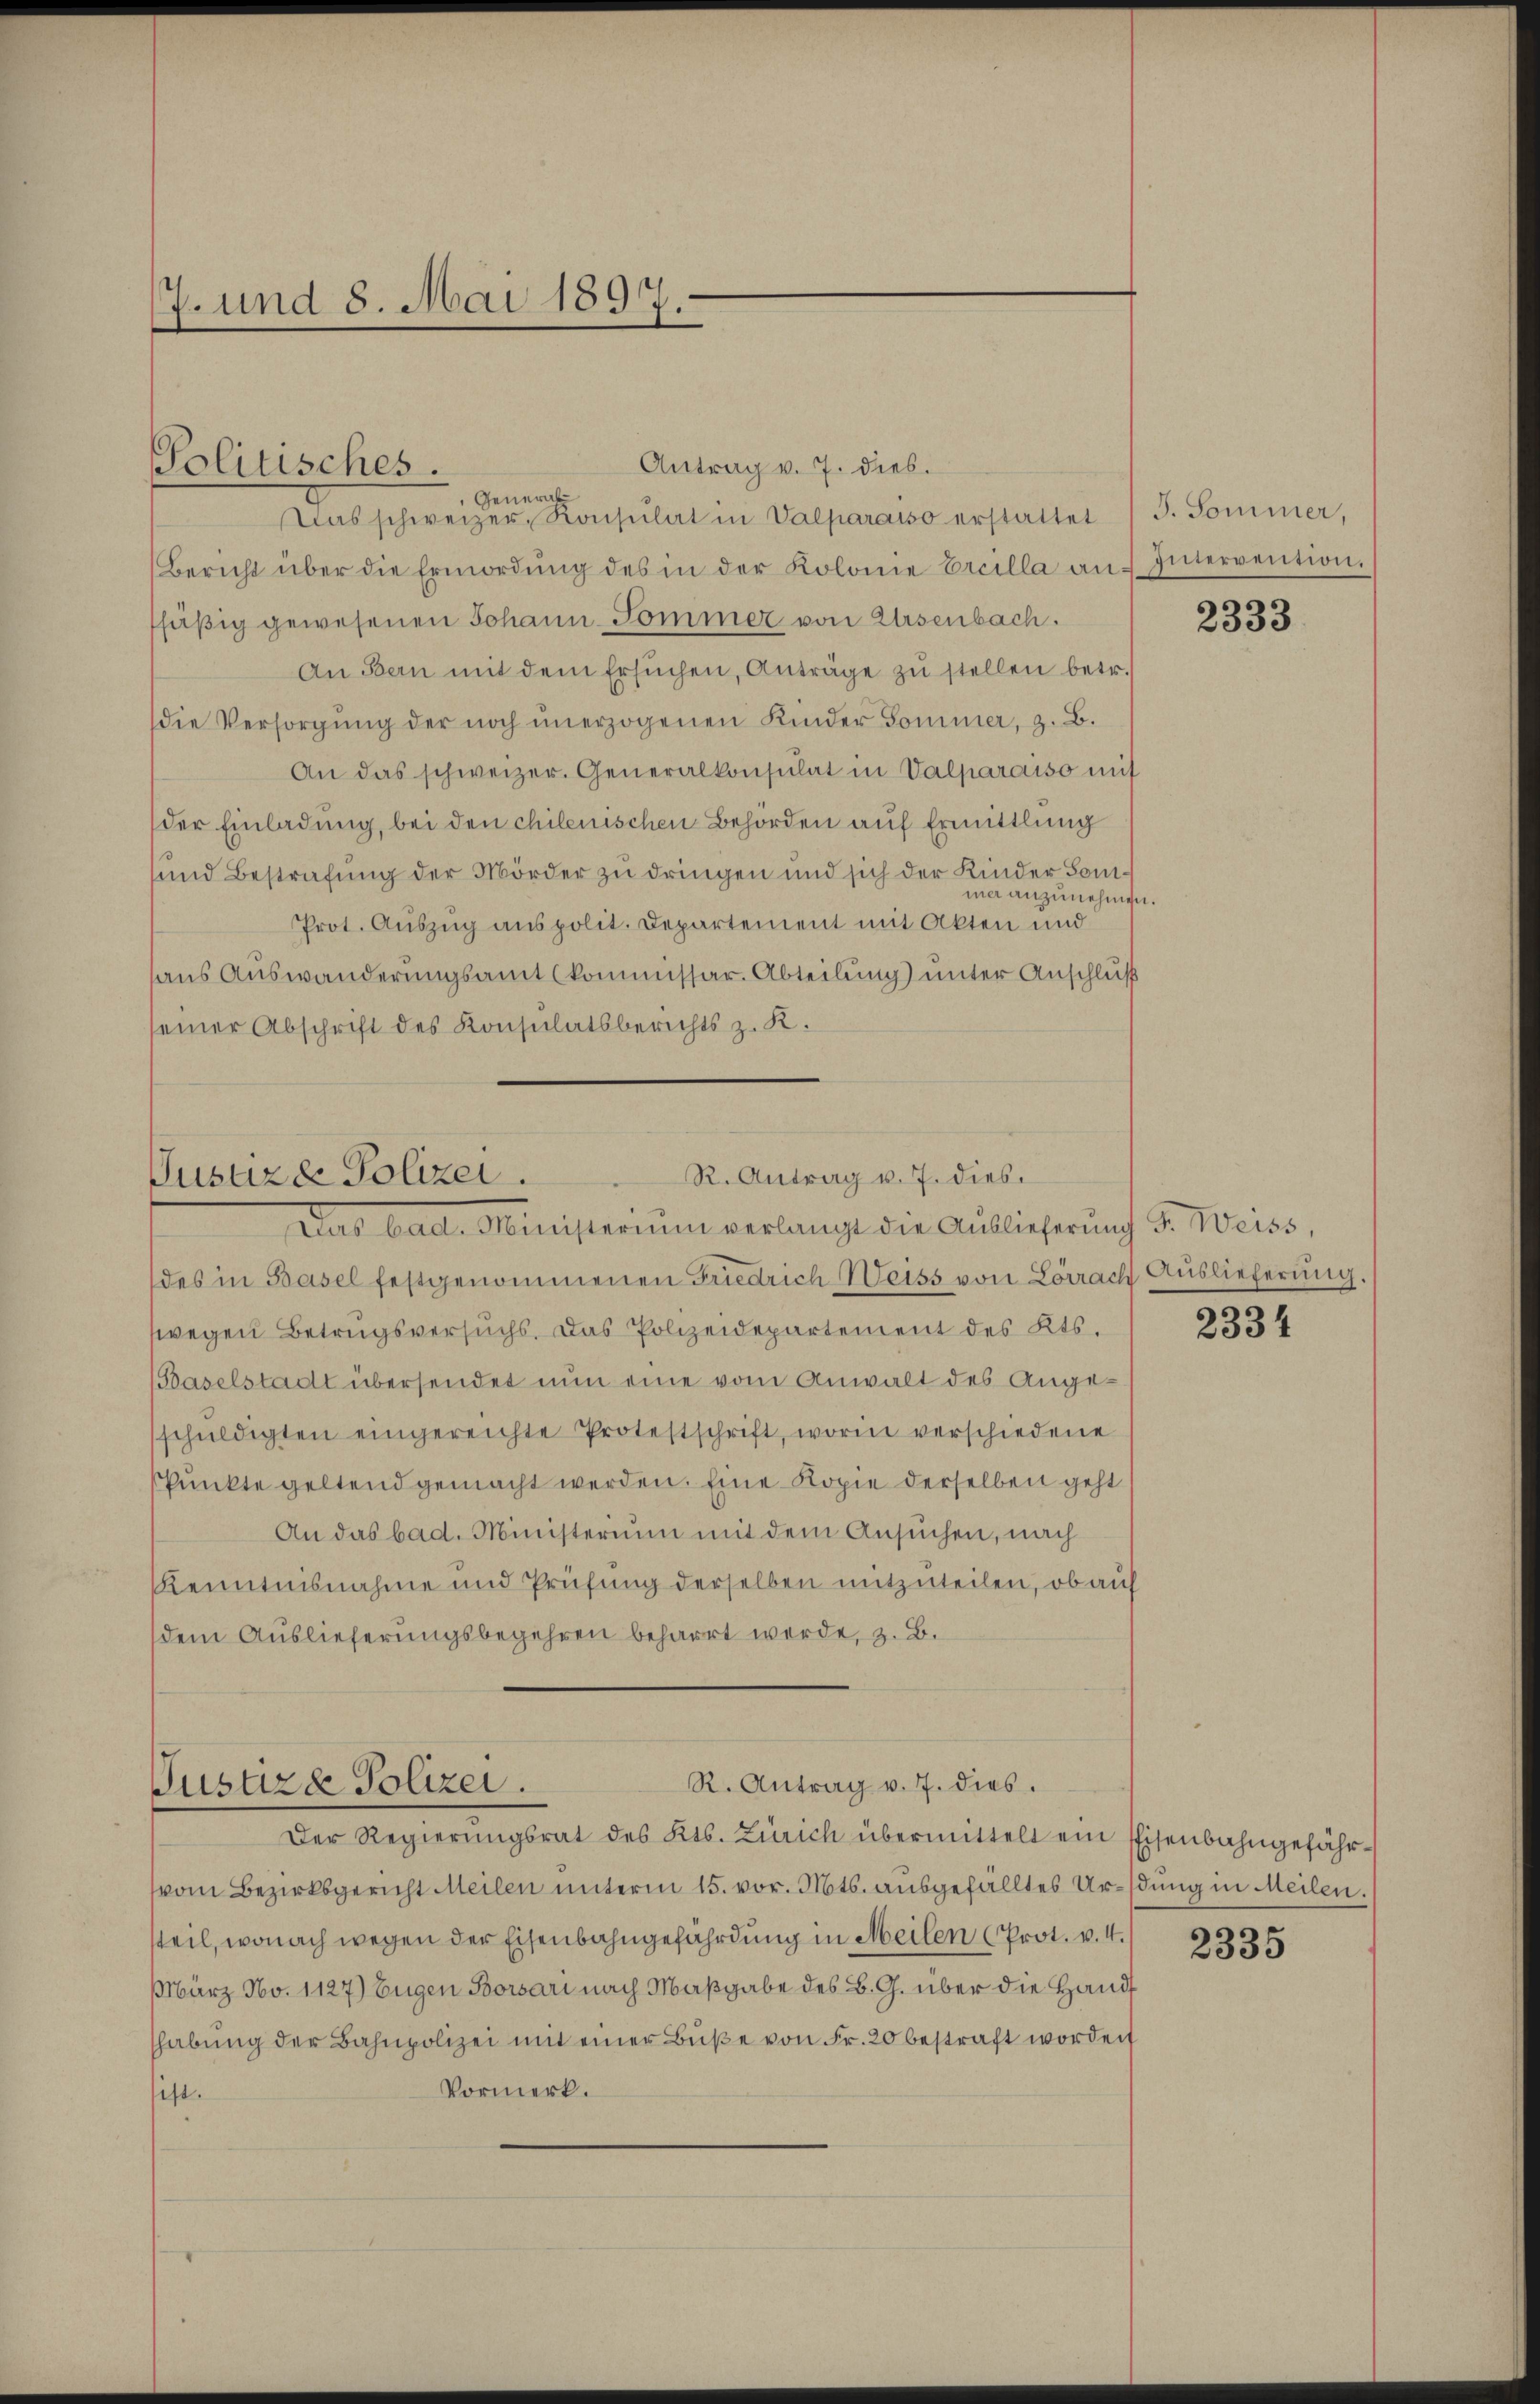
7. und 8. Mai 1897.

Antrag v. 7. dies.
 General
ias schweizer, Konsulat in Valparaiso erstattet (T. Sommer,
Bericht über die Ermordŭng des in der Kolome Ercilla an Intervention.
fäßig gewesenen Johann-Pommer von Eisenbach.
An Bern mit dem Ersŭchen, Anträge zŭ stellen betr.
die Versorgŭng der noch ŭnerzogenen Kinder Sommer, z. B.
An das schweizer. Generalkonsulat in Valparaiso mit
der Einladung, bei den chilenischen Behörden auf Ermittlung
sund Bestrafung der Mörder zu dringen und sich der Kinder Sommer anzunehmen.
Prot. Auszug aus polit. Departement mit Akten und
haus Auswanderungsamt (kommissar. Abteilung) unter Anschluß
einer Abschrift des Konsulatsberichts z. K.

Politisches.

Das bad. Ministerium verlangt die Auslieferung 3. Weiss,
des in Basel festgenommenen Friedrich Weiss von Lörrach Auslieferung.
wegen Betrugsversuchs. Das Polizeidepartement des Kts.
(Baselstadt übersendet nun eine vom Anwalt des Angeschuldigten eingereichte Protestschrift, worin verschiedene
Punkte geltend gemacht werden. Eine Kopie derselben geht
An das bad. Ministerium mit dem Ansuchen, nach
Kenntnisnahme und Prüfung derselben mitzuteilen, ob auf
dem Auslieferungsbegehren beharrt werde, z. B.

R. Antrag v. 7. dies
Jusuzee Polizei.

R. Antrag v. 7. dies.
Justiza Polizei.

Der Regierŭngsrat des Kts. Zürich übermittelt ein Eisenbahngefährvom Bezirksgericht Meilen unterm 15. vor. Mts. ausgefälltes Ursdung in Meilen.
steil, wonach wegen der Eisenbahngefährdung in Meilen (Prot. v. 4.
März No. 1127) Eugen Bossari nach Maßgabe des B. G. über die Hand
habŭng der Bahnpolizei mit einer Bŭβe von Fr. 20 bestraft worden
Vormerk.
sist.

2333

2334

2335